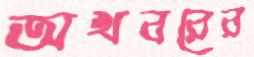
অখবরের